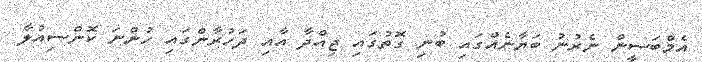
އެމްބަސީން ނެރުނު ބަޔާނެއްގައި ބުނި ގޮތުގައި ޖިއްދާ އާއި ދަހުރާންގައި ހުންނަ ކޮންސިއުލާ